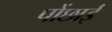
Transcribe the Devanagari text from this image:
पोंछाई